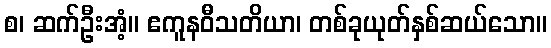
စ၊ ဆက်ဦးအံ့။ ဧကူနဝီသတိယာ၊ တစ်ခုယုတ်နှစ်ဆယ်သော။